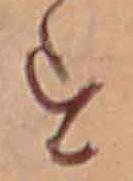
す